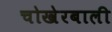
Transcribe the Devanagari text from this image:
चोखेरबाली